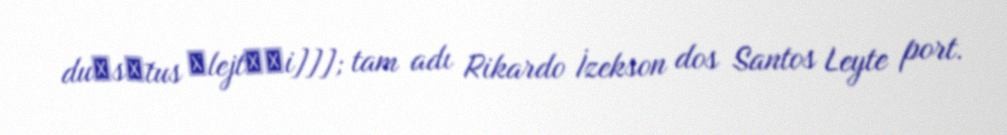
duˈsɐ̃tus ˈlejt͡ʃi]]]; tam adı Rikardo İzekson dos Santos Leyte port.